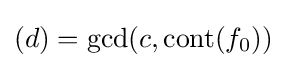
(d)=\operatorname {gcd} (c,\operatorname {cont} (f_{0}))